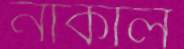
নাকাল